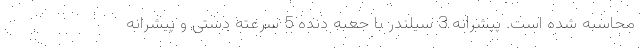
محاسبه شده است. پیشرانه 3 سیلندر با جعبه دنده 5 سرعته دستی و پیشرانه